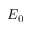
E _ { 0 }